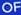
OF